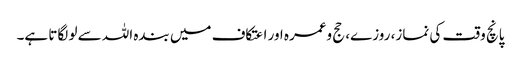
پانچ وقت کی نماز، روزے، حج وعمرہ اور اعتکاف میں بندہ اللہ سے لو لگاتا ہے۔